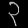
Digit: ၃